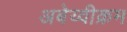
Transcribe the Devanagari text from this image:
अबेय्वीक्रम